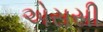
એસસી